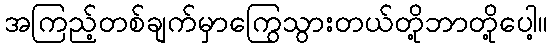
အကြည့်တစ်ချက်မှာကြွေသွားတယ်တို့ဘာတို့ပေါ့။